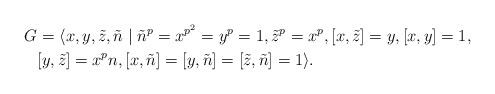
LaTeX: \begin{align*}G&= \langle x,y,\tilde{z},\tilde{n} \mid \tilde{n}^p= x^{p^2} =y^p=1, \tilde{z}^p=x^p, [x,\tilde{z}]=y, [x,y] = 1,\\& [y,\tilde{z}]=x^pn, [x,\tilde{n}]=[y,\tilde{n}]=[\tilde{z},\tilde{n}]=1\rangle.\end{align*}